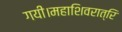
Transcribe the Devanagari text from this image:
गयी।महाशिवरात्रि